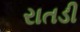
રાતડી